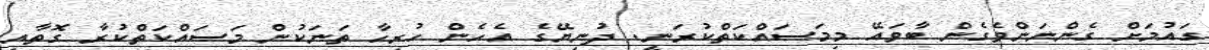
ގައުމަށް ގެންނަންވެގެން ބާވައޭ މިމަސައްކަތްކުރަނީ. ދުނިޔޭގެ އެހެން ހުރިހާ ތަނަކުން މަސައްކަތްކުރާ ގޮތާއި